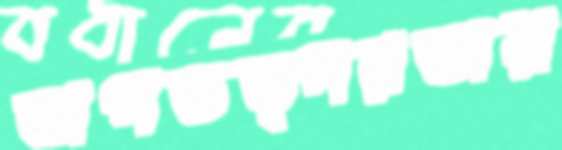
অপতত্পরতায়